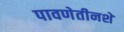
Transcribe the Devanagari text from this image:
पावणेतीनशे